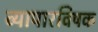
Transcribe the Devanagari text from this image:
व्यापारविषक